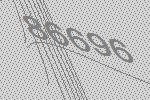
86696